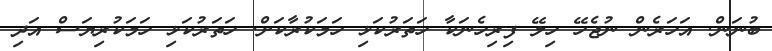
ބުނަން. އަހަރެން ނުޖެހޭ ހިލޭ ފިރިހެނަކާ ހަތަރުކަޅި ހަމަކުރާކަށް. ހަތަރުކަޅި ހަމަކުރިޔަސް އަދި